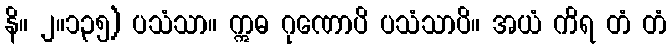
နိ။ ၂။၁၃၅) ပသံသာ။ ဣဓ ဂုဏောပိ ပသံသာပိ။ အယံ ကိရ တံ တံ